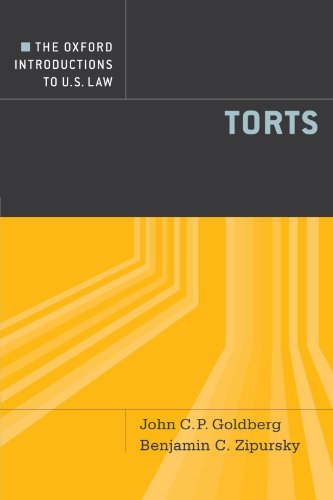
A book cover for The Oxford Introductions to U.S. Law: Torts; John C.P. Goldberg; Law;